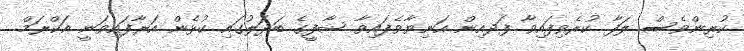
ކުރިންވެސް ލަފާ ކުރެވިފައިވާ ފަދއިން އަނިޔާވެފައިވާ ޝާފީގެ ބަދަލުގައި ކުޅެން އަރާފައިވަނީ އަކްރަމް.